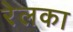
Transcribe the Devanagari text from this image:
रेलका